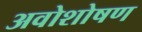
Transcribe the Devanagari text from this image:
अवोशोषण